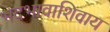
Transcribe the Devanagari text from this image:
भेदभावाशिवाय